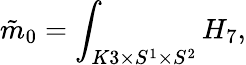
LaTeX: \tilde{m}_{0}=\int_{K3\times S^{1}\times S^{2}}H_{7},